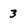
Character: 3